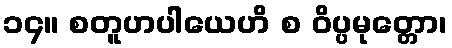
၁၄။ စတူဟပါယေဟိ စ ဝိပ္ပမုတ္တော၊